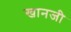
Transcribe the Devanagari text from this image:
खानजी